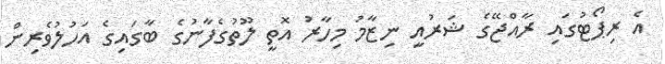
އެ ރިޕޯޓުގައި ރާއްޖޭގެ ޝަރުއީ ނިޒާމު މިހާރު އޮތީ ލޫތުގެފާނުގެ ބާގައިގެ އަހުލުވެރިން